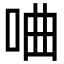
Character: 㖆